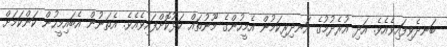
ބަނދެވިފައިވެއެވެ. އަދި އުރެދުމުގެ އަނދިރިކަމުން އެމީހުންގެ މޫނުތައް ކަޅުކޮށްފައިވެއެވެ. އެތަނުން އެބައިމީހުން ކަންކަމަށް